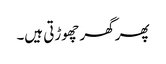
پھر گھر چھوڑتی ہیں۔